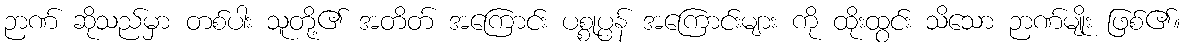
ဉာဏ် ဆိုသည်မှာ တစ်ပါး သူတို့၏ အတိတ် အကြောင်း ပစ္စုပ္ပန် အကြောင်းများ ကို ထိုးထွင်း သိသော ဉာဏ်မျိုး ဖြစ်၏။